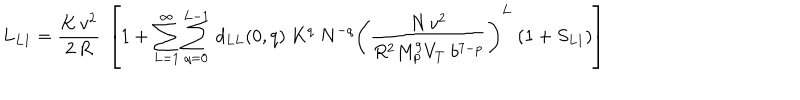
L _ { L 1 } = { \frac { K \, v ^ { 2 } } { 2 \, R } } ~ \left[ 1 + \sum _ { L = 1 } ^ { \infty } \sum _ { q = 0 } ^ { L - 1 } \, d _ { L L } ( 0 , q ) ~ K ^ { q } ~ N ^ { - q } \left( { \frac { N \, v ^ { 2 } } { R ^ { 2 } M _ { p } ^ { 9 } V _ { T } ~ b ^ { 7 - p } } } \right) ^ { L } ~ ( 1 + S _ { L 1 } ) \right]